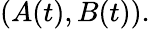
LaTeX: (A(t),B(t)).